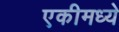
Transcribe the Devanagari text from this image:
एकीमध्ये